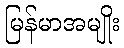
မြန်မာအမျိုး